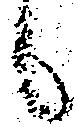
候